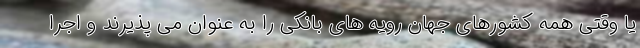
یا وقتی همه کشورهای جهان رویه های بانکی را به عنوان می پذیرند و اجرا